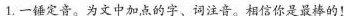
1.一幅定音。为文中加点的字、词注音。相信你是最棒的